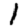
Digit: 1